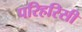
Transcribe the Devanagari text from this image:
परिहरिसी